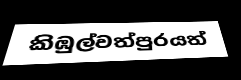
කිඹුල්වත්පුරයත්